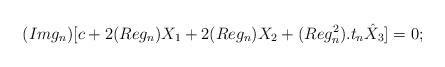
LaTeX: \begin{align*}(Img_n)[c+2(Re g_n)X_1+2(Reg_n)X_2+(Reg_n^2).t_n\hat{X}_3]=0;\end{align*}